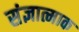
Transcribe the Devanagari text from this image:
संज्ञात्माक